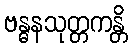
ဗန္ဓနသုတ္တကန္တိ